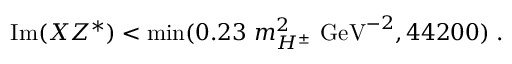
\mathrm { I m } ( X Z ^ { * } ) < \mathrm { m i n } ( 0 . 2 3 ~ m _ { H ^ { \pm } } ^ { 2 } ~ \mathrm { G e V } ^ { - 2 } , 4 4 2 0 0 ) \; .